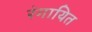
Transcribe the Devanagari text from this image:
रंगायित